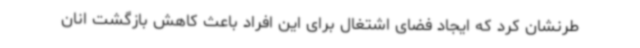
طرنشان کرد که ایجاد فضای اشتغال برای این افراد باعث کاهش بازگشت انان